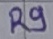
Text: R9